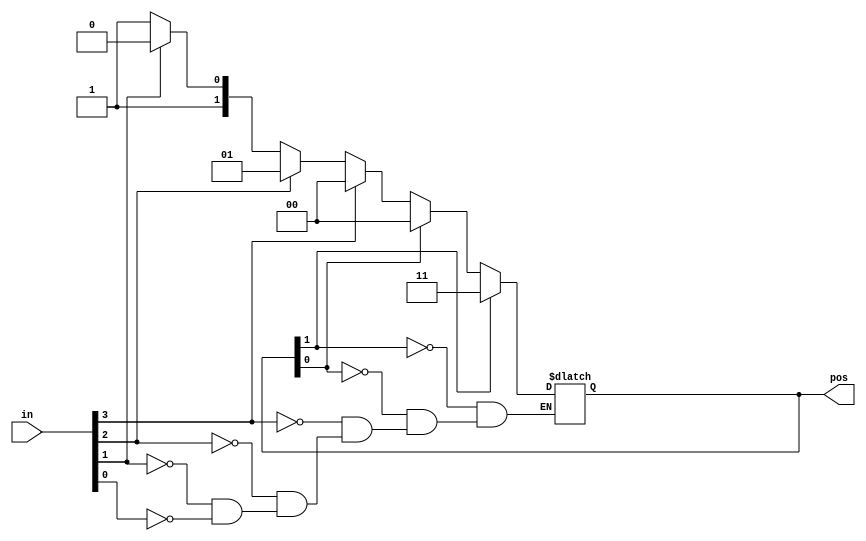
module top_module (
    input [3:0] in,
    output reg [1:0] pos  );

    // Insert your code here

    always @(pos or in) begin
        if (pos[1]) begin
            pos <= 4'b0011;
        end else if (pos[0]) begin
            pos <= 4'b0100;
        end else if (in[3]) begin
            pos <= 4'b1000;
        end else if (in[2]) begin
            pos <= 4'b1001;
        end else if (in[1]) begin
            pos <= 4'b1010;
        end else if (in[0]) begin
            pos <= 4'b1011;
        end
    end

endmodule